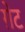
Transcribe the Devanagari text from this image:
ग़ेट